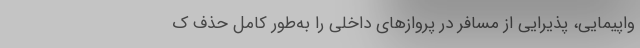
واپیمایی، پذیرایی از مسافر در پروازهای داخلی را به‌طور کامل حذف ک